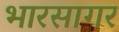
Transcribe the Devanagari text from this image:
भारसागर